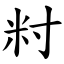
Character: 籿